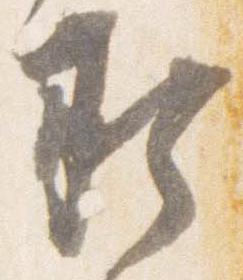
承